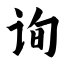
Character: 询